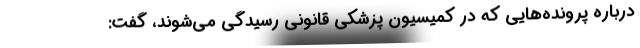
درباره پرونده‌هایی که در کمیسیون پزشکی قانونی رسیدگی می‌شوند، گفت: